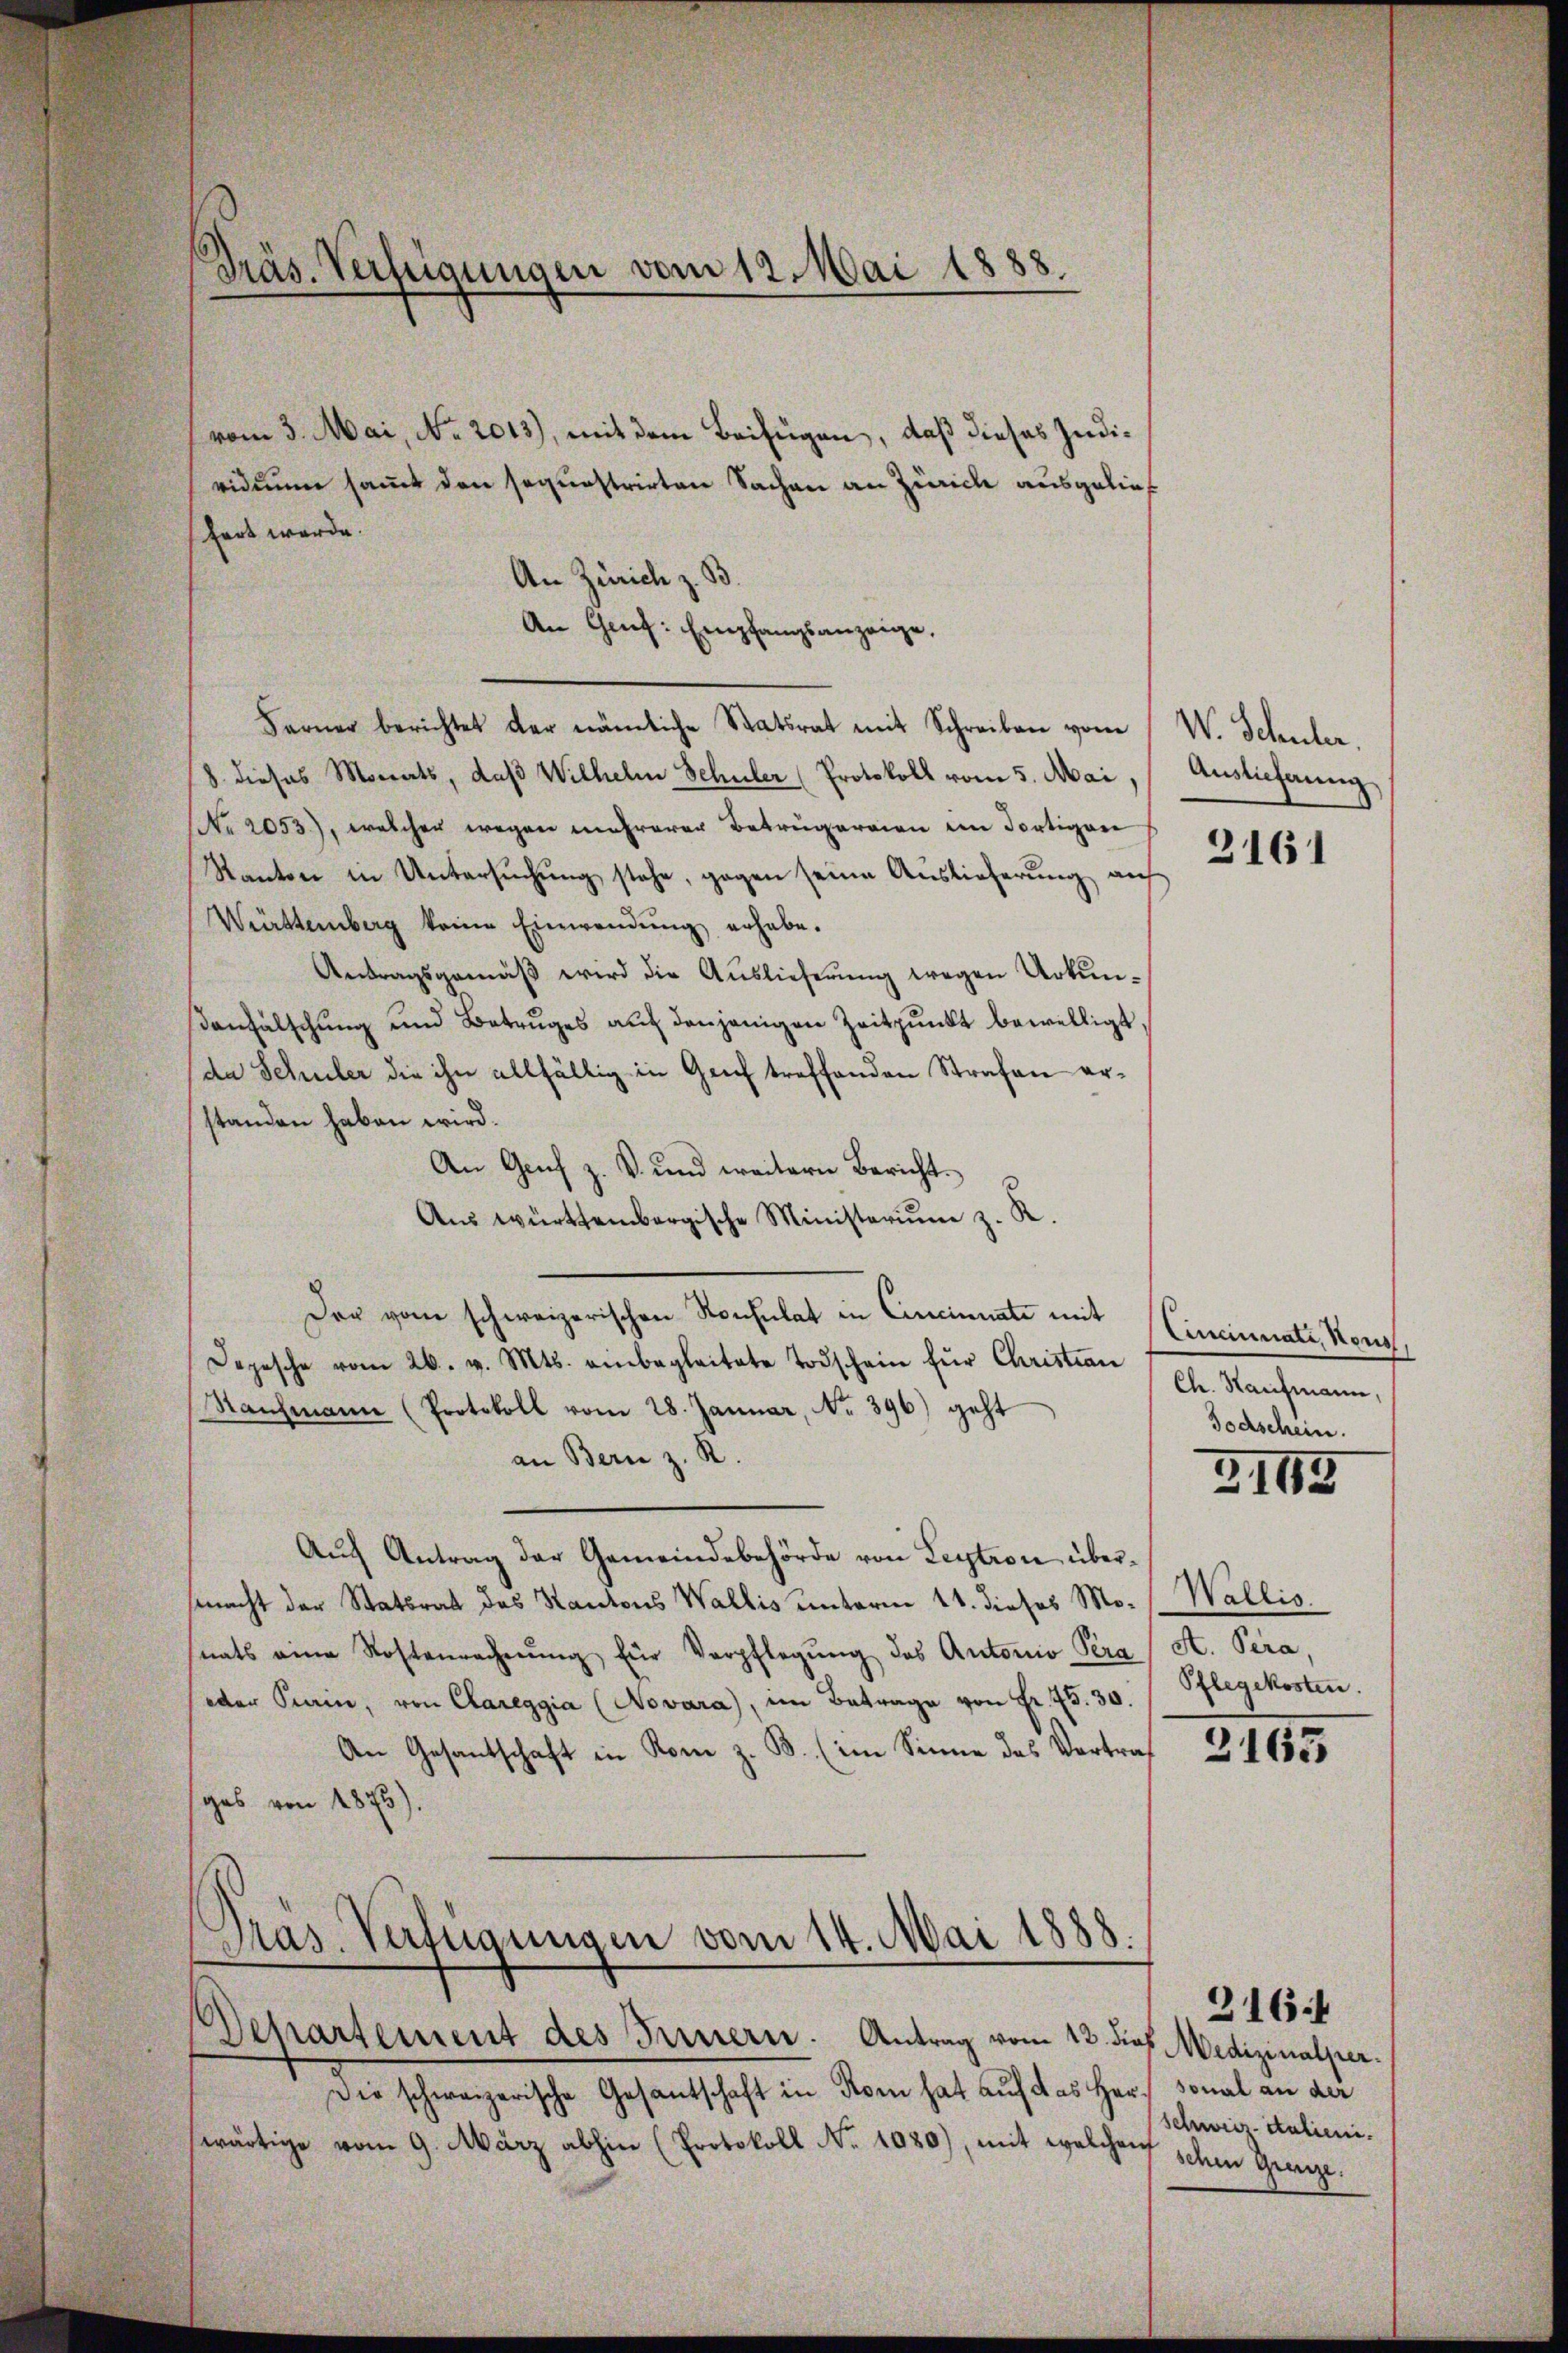
vom 3. Mai, No. 2013), mit dem Beifügen, daß dieses Judividuum sammt den sequestrirten Sachen an Zürich ausgelief
hart werde.
An Zürich z. B.
An Gruf: Empfangsanzeige,
Ferner berichtet der nämliche Statsrat mit Schreiben vom
8. dieses Monats, daβ Wilhelm Schüler (Protokoll vom 5. Mai, Auslieferung
No 2053), welcher wegen mehrerer Betrügereien im Fortigere
Kanton in Untersuchung stehe, gegen seine Auslieferung auf
Württemberg keine Einwendŭng erhabe.
Antragsgemäβ wird die Auslieferung wegen Urkun-
anfälschung und Betruges auf denjenigen Zeitpunkt bewilligt,
da Schuler die ihn allfällig in Genf treffenden Strafen erstanden haben wird.
An Genf z. B. und weitern Bericht.
Aus württembergische Ministerium z. K.
Der vom schweizerischen Konsulat in Cincinuate mit
Depesche vom 26. v. Mts. einbegleitete Todschein für Christian Chr. Kaufmann
Rahmann (Protokoll vom 28. Januar, No. 396) geht
an Bern z. R.
Aŭf Antrag der Gemeindebehörde von Leytron übermacht der Stattrat des Kantons Wallis unterm 11. dieses Mo- Wallis.
nats eine Kostenrechnŭng für Verpflegŭng des Antonio Pera
oder Krain, von Clareggia (Novara), im Betrage von Fr. 75. 30. / Pflegekosten.
An Gesantschaft in Rom z. B. (im Sinne das Vertraf
ges von 1875).
Präs. Verfügungen vom 14. Mai 1888.
Departement des Innern. Antrag vom 12. dies Medizinalper.
Die schweizerische Gesantschaft in Korn hat auf das Herz sonal an der
wärtige vom 9. März abhin (Protokoll No 1080), mit welchenf

Präs. Verfügungen vom 12. Mai 1888.
—

W. Schuler.

3161

Cincinate, Nous,
Todschein.

2143

At. Pera,

2163

schweiz italieni.
schen Grenze.

2164